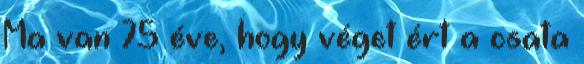
Ma van 75 éve, hogy véget ért a csata